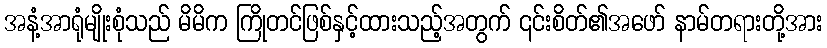
အနံ့အာရုံမျိုးစုံသည် မိမိက ကြိုတင်ဖြစ်နှင့်ထားသည့်အတွက် ၎င်းစိတ်၏အဖော် နာမ်တရားတို့အား